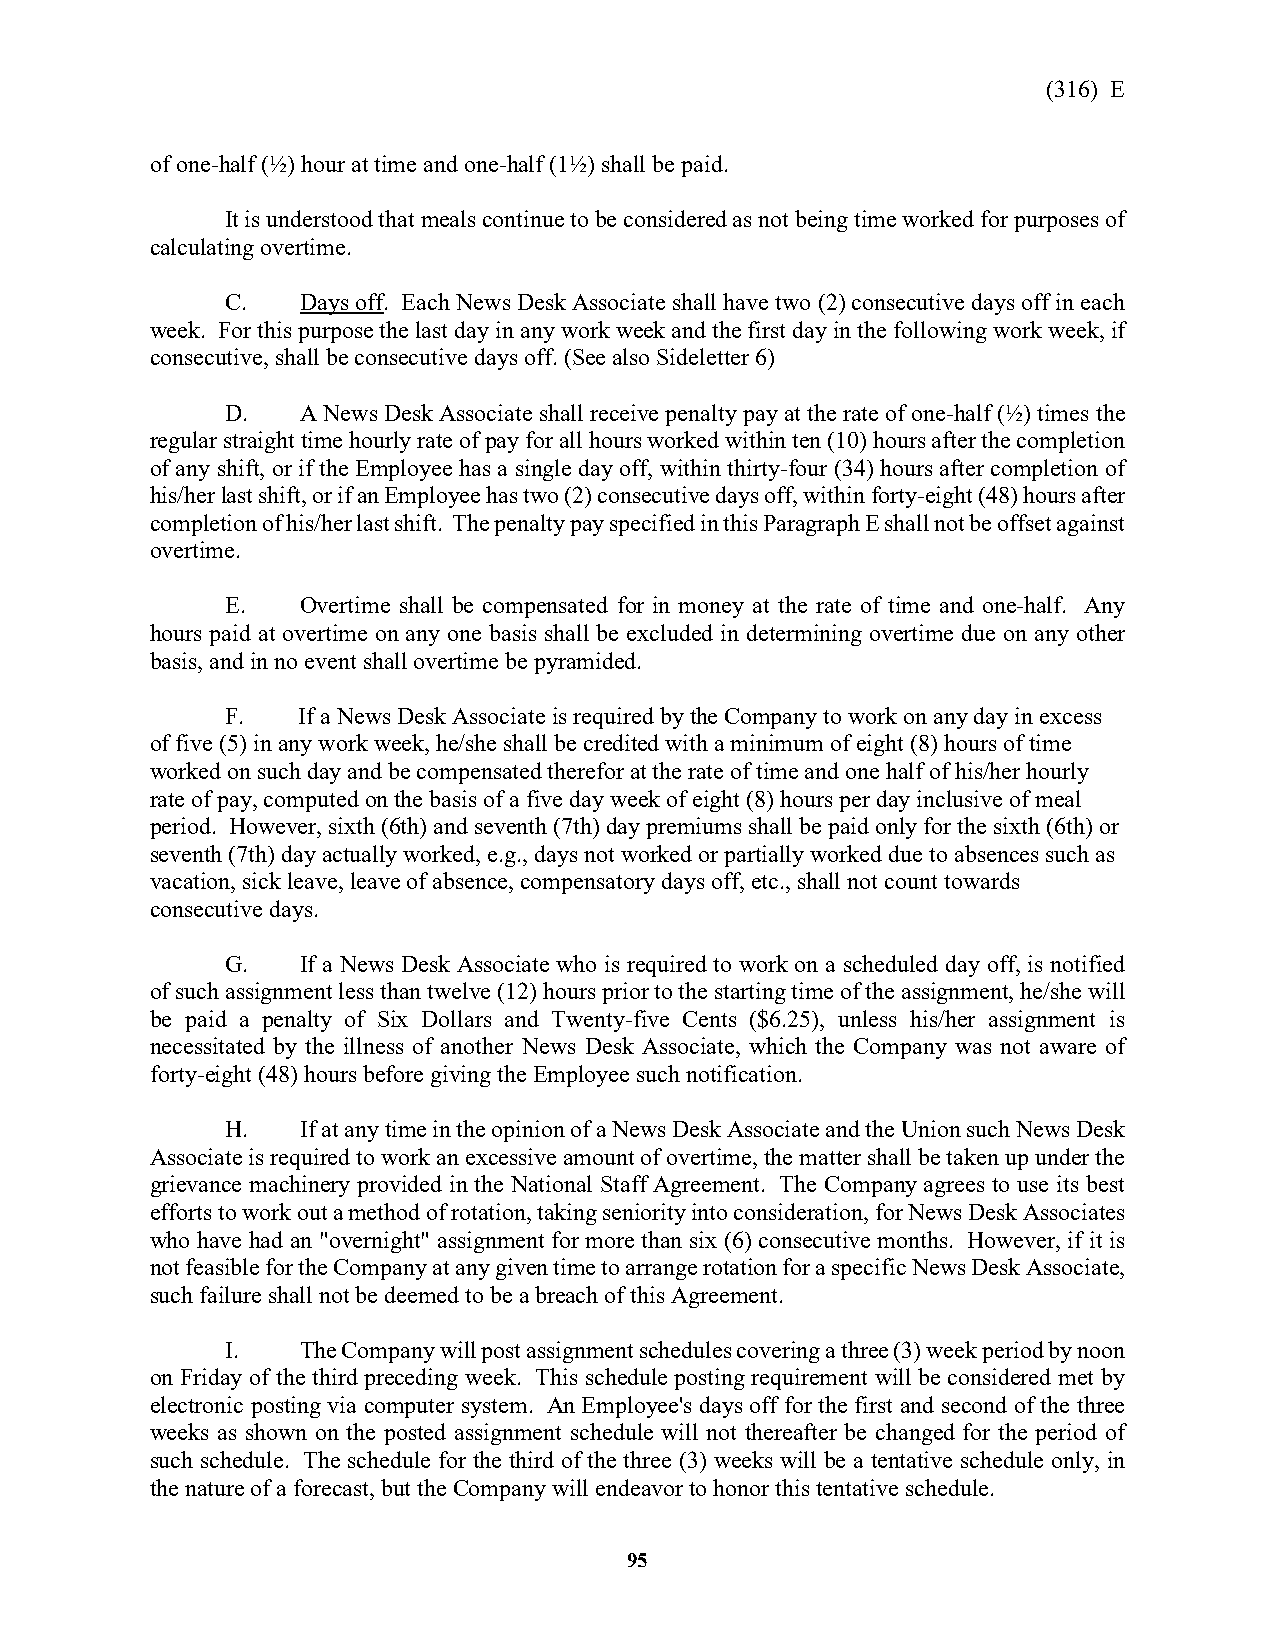
(316) E
 of one-half (½) hour at time and one-half (1½) shall be paid.
 It is understood that meals continue to be considered as not being time worked for purposes of
 calculating overtime.
 C.   Days off. Each News Desk Associate shall have two (2) consecutive days off in each
 week. For this purpose the last day in any work week and the first day in the following work week, if
 consecutive, shall be consecutive days off. (See also Sideletter 6)
 D.   A News Desk Associate shall receive penalty pay at the rate of one-half (½) times the
 regular straight time hourly rate of pay for all hours worked within ten (10) hours after the completion
 of any shift, or if the Employee has a single day off, within thirty-four (34) hours after completion of
 his/her last shift, or if an Employee has two (2) consecutive days off, within forty-eight (48) hours after
 completion of his/her last shift. The penalty pay specified in this Paragraph E shall not be offset against
 overtime.
 E.   Overtime shall be compensated for in money at the rate of time and one-half. Any
 hours paid at overtime on any one basis shall be excluded in determining overtime due on any other
 basis, and in no event shall overtime be pyramided.
 F.   If a News Desk Associate is required by the Company to work on any day in excess
 of five (5) in any work week, he/she shall be credited with a minimum of eight (8) hours of time
 worked on such day and be compensated therefor at the rate of time and one half of his/her hourly
 rate of pay, computed on the basis of a five day week of eight (8) hours per day inclusive of meal
 period. However, sixth (6th) and seventh (7th) day premiums shall be paid only for the sixth (6th) or
 seventh (7th) day actually worked, e.g., days not worked or partially worked due to absences such as
 vacation, sick leave, leave of absence, compensatory days off, etc., shall not count towards
 consecutive days.
 G.   If a News Desk Associate who is required to work on a scheduled day off, is notified
 of such assignment less than twelve (12) hours prior to the starting time of the assignment, he/she will
 be paid a penalty of Six Dollars and Twenty-five Cents ($6.25), unless his/her assignment is
 necessitated by the illness of another News Desk Associate, which the Company was not aware of
 forty-eight (48) hours before giving the Employee such notification.
 H.   If at any time in the opinion of a News Desk Associate and the Union such News Desk
 Associate is required to work an excessive amount of overtime, the matter shall be taken up under the
 grievance machinery provided in the National Staff Agreement. The Company agrees to use its best
 efforts to work out a method of rotation, taking seniority into consideration, for News Desk Associates
 who have had an "overnight" assignment for more than six (6) consecutive months. However, if it is
 not feasible for the Company at any given time to arrange rotation for a specific News Desk Associate,
 such failure shall not be deemed to be a breach of this Agreement.
 I.   The Company will post assignment schedules covering a three (3) week period by noon
 on Friday of the third preceding week. This schedule posting requirement will be considered met by
 electronic posting via computer system. An Employee's days off for the first and second of the three
 weeks as shown on the posted assignment schedule will not thereafter be changed for the period of
 such schedule. The schedule for the third of the three (3) weeks will be a tentative schedule only, in
 the nature of a forecast, but the Company will endeavor to honor this tentative schedule.
 95